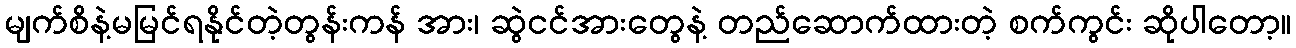
မျက်စိနဲ့မမြင်ရနိုင်တဲ့တွန်းကန် အား၊ ဆွဲငင်အားတွေနဲ့ တည်ဆောက်ထားတဲ့ စက်ကွင်း ဆိုပါတော့။